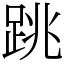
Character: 跳